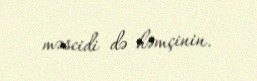
məscidi də həmçinin.